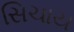
સિચાય